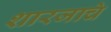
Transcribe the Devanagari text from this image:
शारजाचे